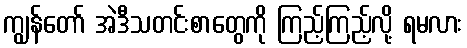
ကျွန်တော် အဲဒီသတင်းစာတွေကို ကြည့်ကြည့်လို့ ရမလား